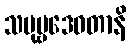
သပုဗ္ဗဒေဝတာနိ